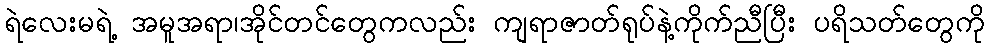
ရဲလေးမရဲ့ အမူအရာ၊အိုင်တင်တွေကလည်း ကျရာဇာတ်ရုပ်နဲ့ကိုက်ညီပြီး ပရိသတ်တွေကို